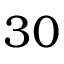
3 0